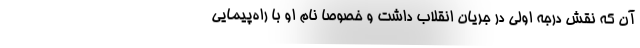
آن که نقش درجه اولی در جریان انقلاب داشت و خصوصا نام او با راه‌پیمایی